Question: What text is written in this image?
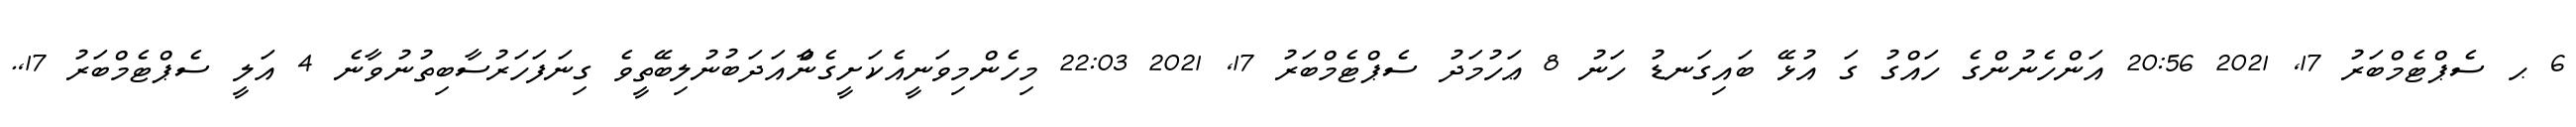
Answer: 6 ޙ ސެޕްޓެމްބަރު 17, 2021 20:56 އަންހެނުންގެ ހައްގު ގަ އުޅޭ ބައިގަނޑު ހަނު 8 ޢަހުމަދު ސެޕްޓެމްބަރު 17, 2021 22:03 މިހެންމިވަނީއެކަށީގެންާއަދަބުނުލިބޭތީވެ ގިނަފަހަރުސާބިތުނުވާނެ 4 އަލީ ސެޕްޓެމްބަރު 17,.